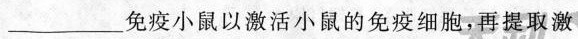
___免疫小鼠以激活小鼠的免疫细胞，再提取激